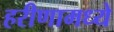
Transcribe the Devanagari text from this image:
हरीणामध्ये